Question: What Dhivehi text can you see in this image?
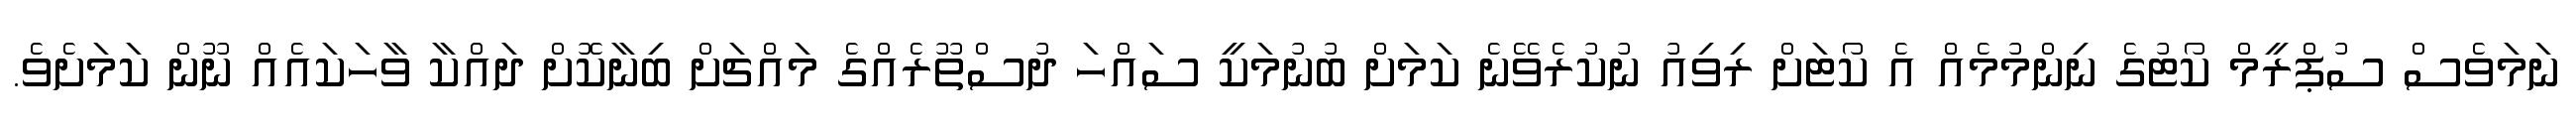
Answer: ނަމަވެސް ސުޕްރީމް ކޯޓުގެ ނިންމުމެއް އެ ކޯޓަށް ރިވިއު ނުކުރެވޭނެ ކަމަށް ބުނުމަކީ ސައްހަ ދުސްތޫރެއްގެ މައްޗަށް ބިނާކޮށް ދައްކާ ވާހަކައެއް ނޫން ކަމަށެވެ.